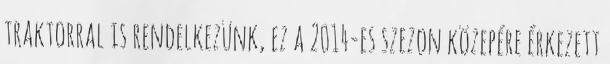
traktorral is rendelkezünk, ez a 2014-es szezon közepére érkezett